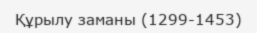
Құрылу заманы (1299-1453)